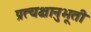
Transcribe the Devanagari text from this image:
प्रत्यक्षानुभूती